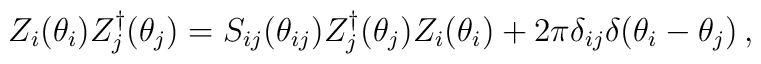
Z_{i}(\theta _{i})Z_{j}^{\dagger }(\theta _{j})=S_{ij}(\theta_{ij})Z_{j}^{\dagger }(\theta _{j})Z_{i}(\theta _{i})+2\pi \delta_{ij}\delta (\theta _{i}-\theta _{j})\,,